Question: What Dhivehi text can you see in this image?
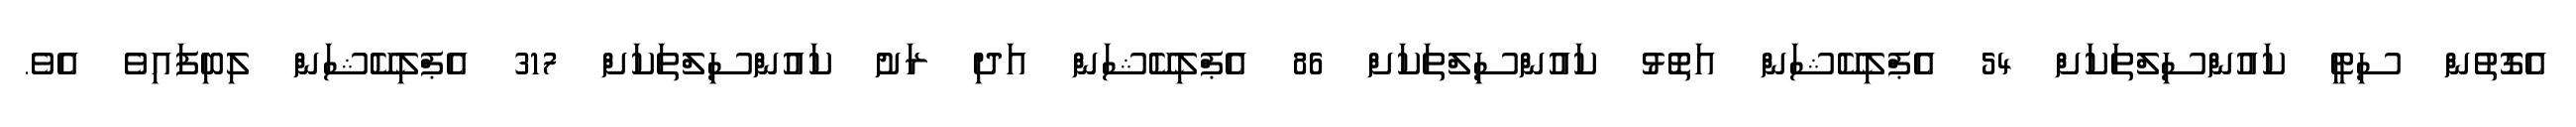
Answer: އެގޮތުން ސިޓީ ކައުންސިލްތަކަށް 54 އެޕްލިކޭޝަން އަތޮޅު ކައުންސިލްތަކަށް 86 އެޕްލިކޭޝަން އަދި ރަށު ކައުންސިލްތަކަށް 317 އެޕްލިކޭޝަން ލިބިފައިވެ އެވެ.